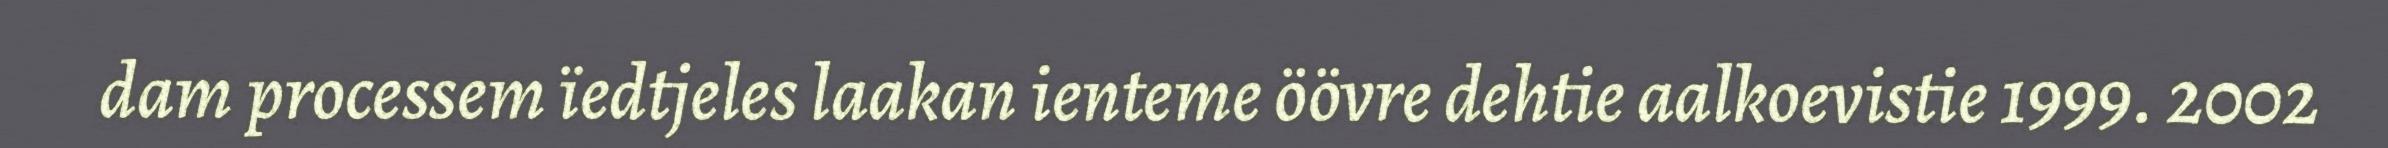
dam processem ïedtjeles laakan ienteme öövre dehtie aalkoevistie 1999. 2002